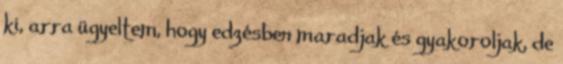
ki, arra ügyeltem, hogy edzésben maradjak és gyakoroljak, de